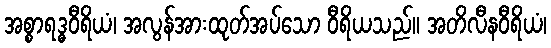
အစ္စာရဒ္ဓဝီရိယံ၊ အလွန်အားထုတ်အပ်သော ဝီရိယသည်။ အတိလီနဝီရိယံ၊